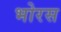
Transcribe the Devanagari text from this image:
भोरस